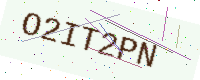
Text: O2IT2PN